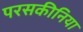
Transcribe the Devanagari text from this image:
परसकीनिया